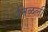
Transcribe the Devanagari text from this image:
मिळली